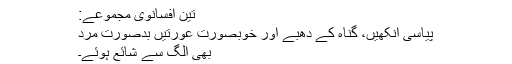
تین افسانوی مجموعے:
پیاسی آنکھیں، گناہ کے دھبے اور خوبصورت عورتیں بدصورت مرد
بھی الگ سے شائع ہوئے۔